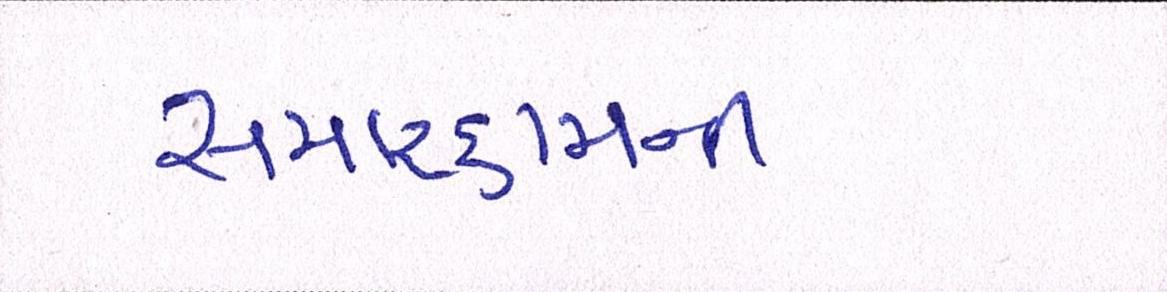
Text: સમારકામની